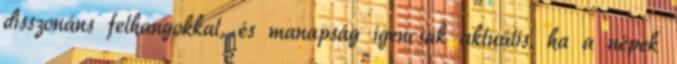
disszonáns felhangokkal, és manapság igencsak aktuális, ha a népek